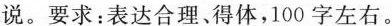
说。要求：表达合理、得体，100字左右。